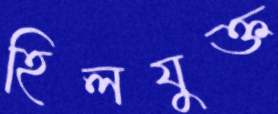
হিলযুক্ত